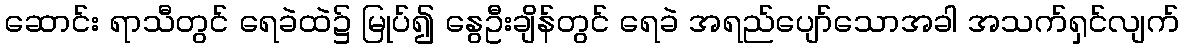
ဆောင်း ရာသီတွင် ရေခဲထဲ၌ မြုပ်၍ နွေဦးချိန်တွင် ရေခဲ အရည်ပျော်သောအခါ အသက်ရှင်လျက်